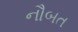
નૌબત